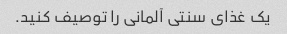
یک غذای سنتی آلمانی را توصیف کنید.